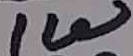
Text: 1W